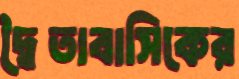
দ্বৈতাবাসিকের